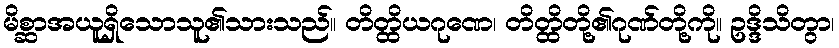
မိစ္ဆာအယူရှိသောသူ၏သားသည်။ တိတ္ထိယဂုဏေ၊ တိတ္ထိတို့၏ဂုဏ်တို့ကို။ ဥဒ္ဒိသိတွာ၊